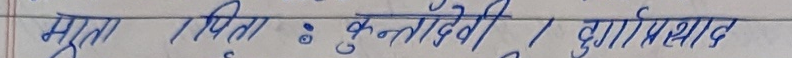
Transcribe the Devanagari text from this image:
माता / पिता : कुन्नौ देवी / दुर्गा प्रसाद